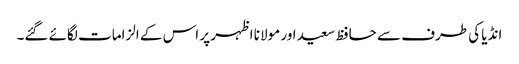
انڈیا کی طرف سے حافظ سعید اور مولانا اظہر پر اس کے الزامات لگائے گئے۔